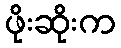
ဖိုးဆိုးက